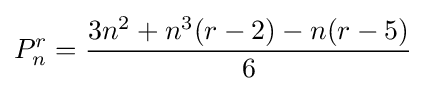
P_{n}^{r}={\frac {3n^{2}+n^{3}(r-2)-n(r-5)}{6}}